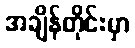
အချိန်တိုင်းမှာ